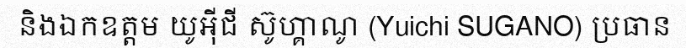
និងឯកឧត្តម យូអ៊ីជី ស៊ូហ្គាណូ (Yuichi SUGANO) ប្រធាន